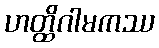
ဟတ္ထိဂါမကဿ